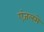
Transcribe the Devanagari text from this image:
एंजलसे